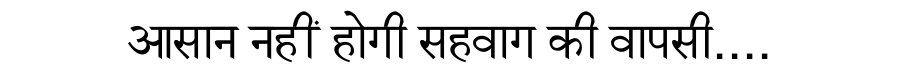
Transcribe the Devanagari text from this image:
आसान नहीं होगी सहवाग की वापसी....